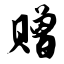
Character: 赠